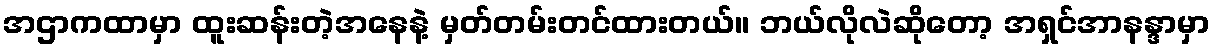
အဌာကထာမှာ ထူးဆန်းတဲ့အနေနဲ့ မှတ်တမ်းတင်ထားတယ်။ ဘယ်လိုလဲဆိုတော့ အရှင်အာနန္ဒာမှာ